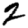
Digit: 2